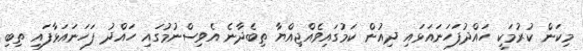
މިކަން ކުރުމަކީ ހައްދުފަހަނައަޅައި ދިއުން ކަމުގައިވެއްޖިއްޔާ ތިބެދާނެ އެވިސްނުމުގައި ހައްދު ފަހަނައަޅާފައި ތިބި